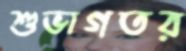
শুভাগতর